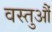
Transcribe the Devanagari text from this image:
वस्तुऔं